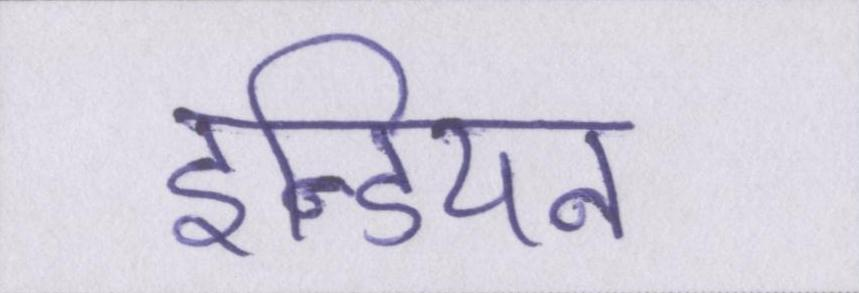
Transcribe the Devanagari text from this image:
इन्डियन